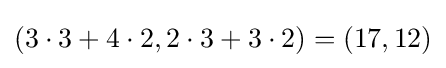
(3\cdot 3+4\cdot 2,2\cdot 3+3\cdot 2)=(17,12)